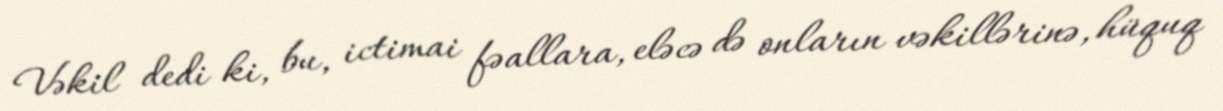
Vəkil dedi ki, bu, ictimai fəallara, eləcə də onların vəkillərinə, hüquq